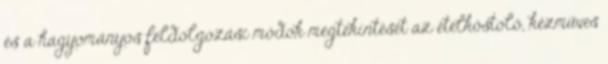
és a hagyományos feldolgozási módok megtekintését az ételkóstoló, kézműves